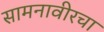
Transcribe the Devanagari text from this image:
सामनावीरचा